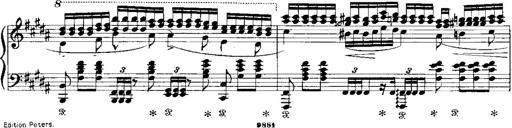
Title: RÃ©miniscences de Norma de Bellini
Composer: Franz Liszt